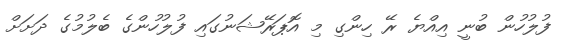
ފުލުހުން ބުނީ އިއްޔެ ރޭ ހިންގި މި އޮޕަރޭޝަނުގައި ފުލުހުންގެ ބެލުމުގެ ދަށަށް